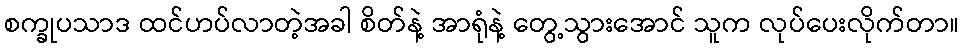
စက္ခုပသာဒ ထင်ဟပ်လာတဲ့အခါ စိတ်နဲ့ အာရုံနဲ့ တွေ့သွားအောင် သူက လုပ်ပေးလိုက်တာ။